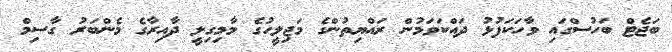
ބަޖެޓް ބަހުސްގައި ވާހަކަފުޅު ދައްކަވަމުން ރައްޔިތުންގެ މަޖިލީހުގެ މާމިގިލީ ދާއިރާގެ މެންބަރު ގާސިމް